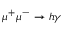
\mu ^ { + } \mu ^ { - } \to h \gamma